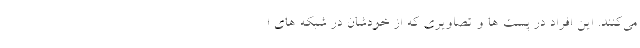
می‌کنند. این افراد در پست ها و تصاویری که از خودشان در شبکه های ا